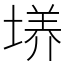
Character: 𡏆